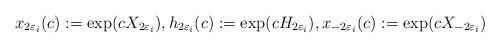
LaTeX: \begin{gather*} x_{2\varepsilon_i}(c) := \exp (c X_{2\varepsilon_i} ), h_{2\varepsilon_i}(c) := \exp (c H_{2\varepsilon_i} ), x_{-2\varepsilon_i}(c) := \exp (c X_{-2\varepsilon_i} ) \end{gather*}